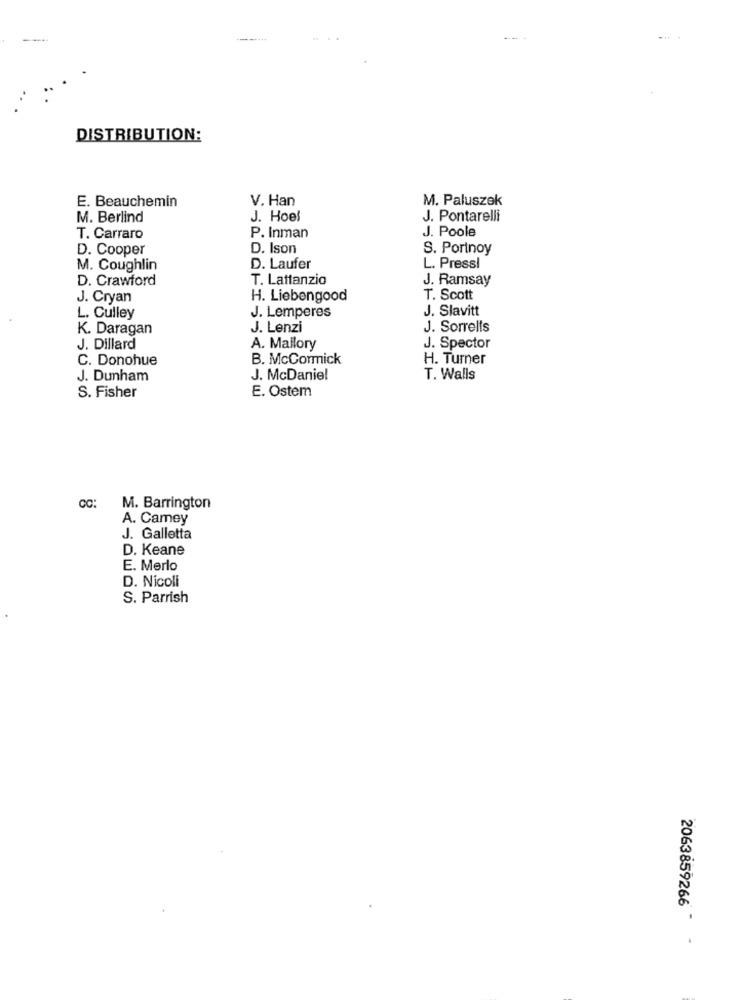
---
DISTRIBUTION:
V. Han
M. Paluszek
E. Beauchemin
M. Berlind
J. Hoel
J. Pontarelli
J. Poole
T. Carraro
P. Inman
D. Cooper
D. Ison
S. Portnoy
M. Coughlin
D. Laufer
L. Pressi
D. Crawford
T. Lattanzio
J. Ramsay
J. Cryan
H. Liebengood
T. Scott
J. Slavitt
L. Culley
J. Lemperes
K. Daragan
J. Lenzi
J. Sorrells
J. Dillard
A. Mallory
J. Spector
C. Donohue
B. McCormick
H. Turner
J. Dunham
J. McDaniel
T. Walls
E. Ostem
S. Fisher
M. Barrington
A. Camey
J. Galletta
D. Keane
E. Merlo
D. Nicoli
S. Parrish
2063859266 - -